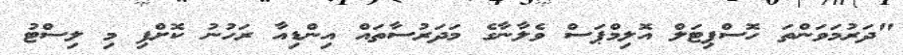
"ދަރުމަވަންތަ ހޮސްޕިޓަލް އޮލިމްޕަސް ވެލާނާގެ މަދަރުސާތައް އިންޑިއާ ރަހުނު ކޮށްފި މި ލިސްޓު